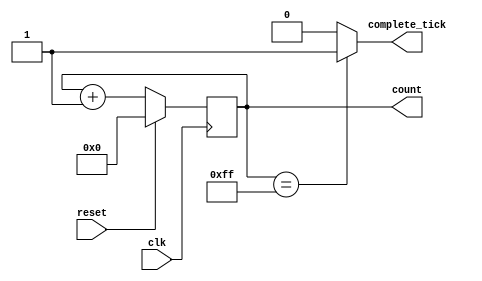
`timescale 1ns / 1ps
/**************
Name: Partha Singha Roy
Design: Binary Counter
***************/
module binarycounter
#(parameter N=8)
(
    input wire clk,
    input reset,
    output wire complete_tick,
    output wire [N-1:0] count
);

localparam MAX_COUNT = 2**N-1;

reg [N-1:0] count_reg;
wire [N-1:0] count_next;

always @ (posedge clk) begin
    if(reset)
        count_reg <=0;
    else
        count_reg = count_next; //assign the count next value
end

assign count_next = count_reg + 1; //increase count

//tick count
assign complete_tick = (count_reg == MAX_COUNT) ? 1 : 0;

assign count = count_reg;

endmodule